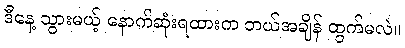
ဒီနေ့ သွားမယ့် နောက်ဆုံးရထားက ဘယ်အချိန် ထွက်မလဲ။